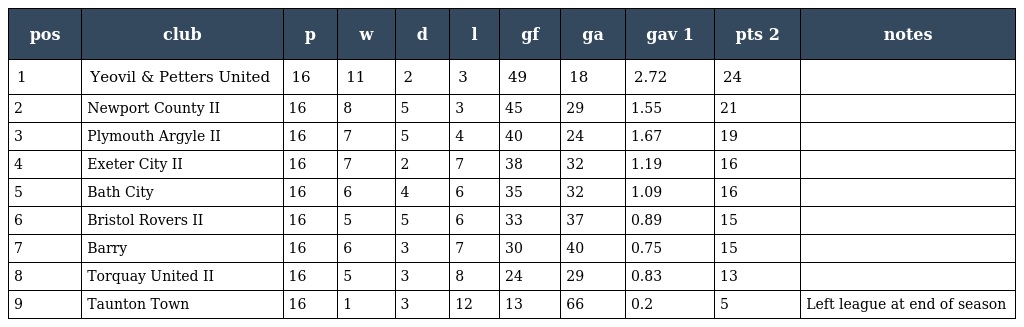
| pos | club | p | w | d | l | gf | ga | gav 1 | pts 2 | notes |
 | --- | --- | --- | --- | --- | --- | --- | --- | --- | --- | --- |
 | 1 | Yeovil & Petters United | 16 | 11 | 2 | 3 | 49 | 18 | 2.72 | 24 |  |
 | 2 | Newport County II | 16 | 8 | 5 | 3 | 45 | 29 | 1.55 | 21 |  |
 | 3 | Plymouth Argyle II | 16 | 7 | 5 | 4 | 40 | 24 | 1.67 | 19 |  |
 | 4 | Exeter City II | 16 | 7 | 2 | 7 | 38 | 32 | 1.19 | 16 |  |
 | 5 | Bath City | 16 | 6 | 4 | 6 | 35 | 32 | 1.09 | 16 |  |
 | 6 | Bristol Rovers II | 16 | 5 | 5 | 6 | 33 | 37 | 0.89 | 15 |  |
 | 7 | Barry | 16 | 6 | 3 | 7 | 30 | 40 | 0.75 | 15 |  |
 | 8 | Torquay United II | 16 | 5 | 3 | 8 | 24 | 29 | 0.83 | 13 |  |
 | 9 | Taunton Town | 16 | 1 | 3 | 12 | 13 | 66 | 0.2 | 5 | Left league at end of season |